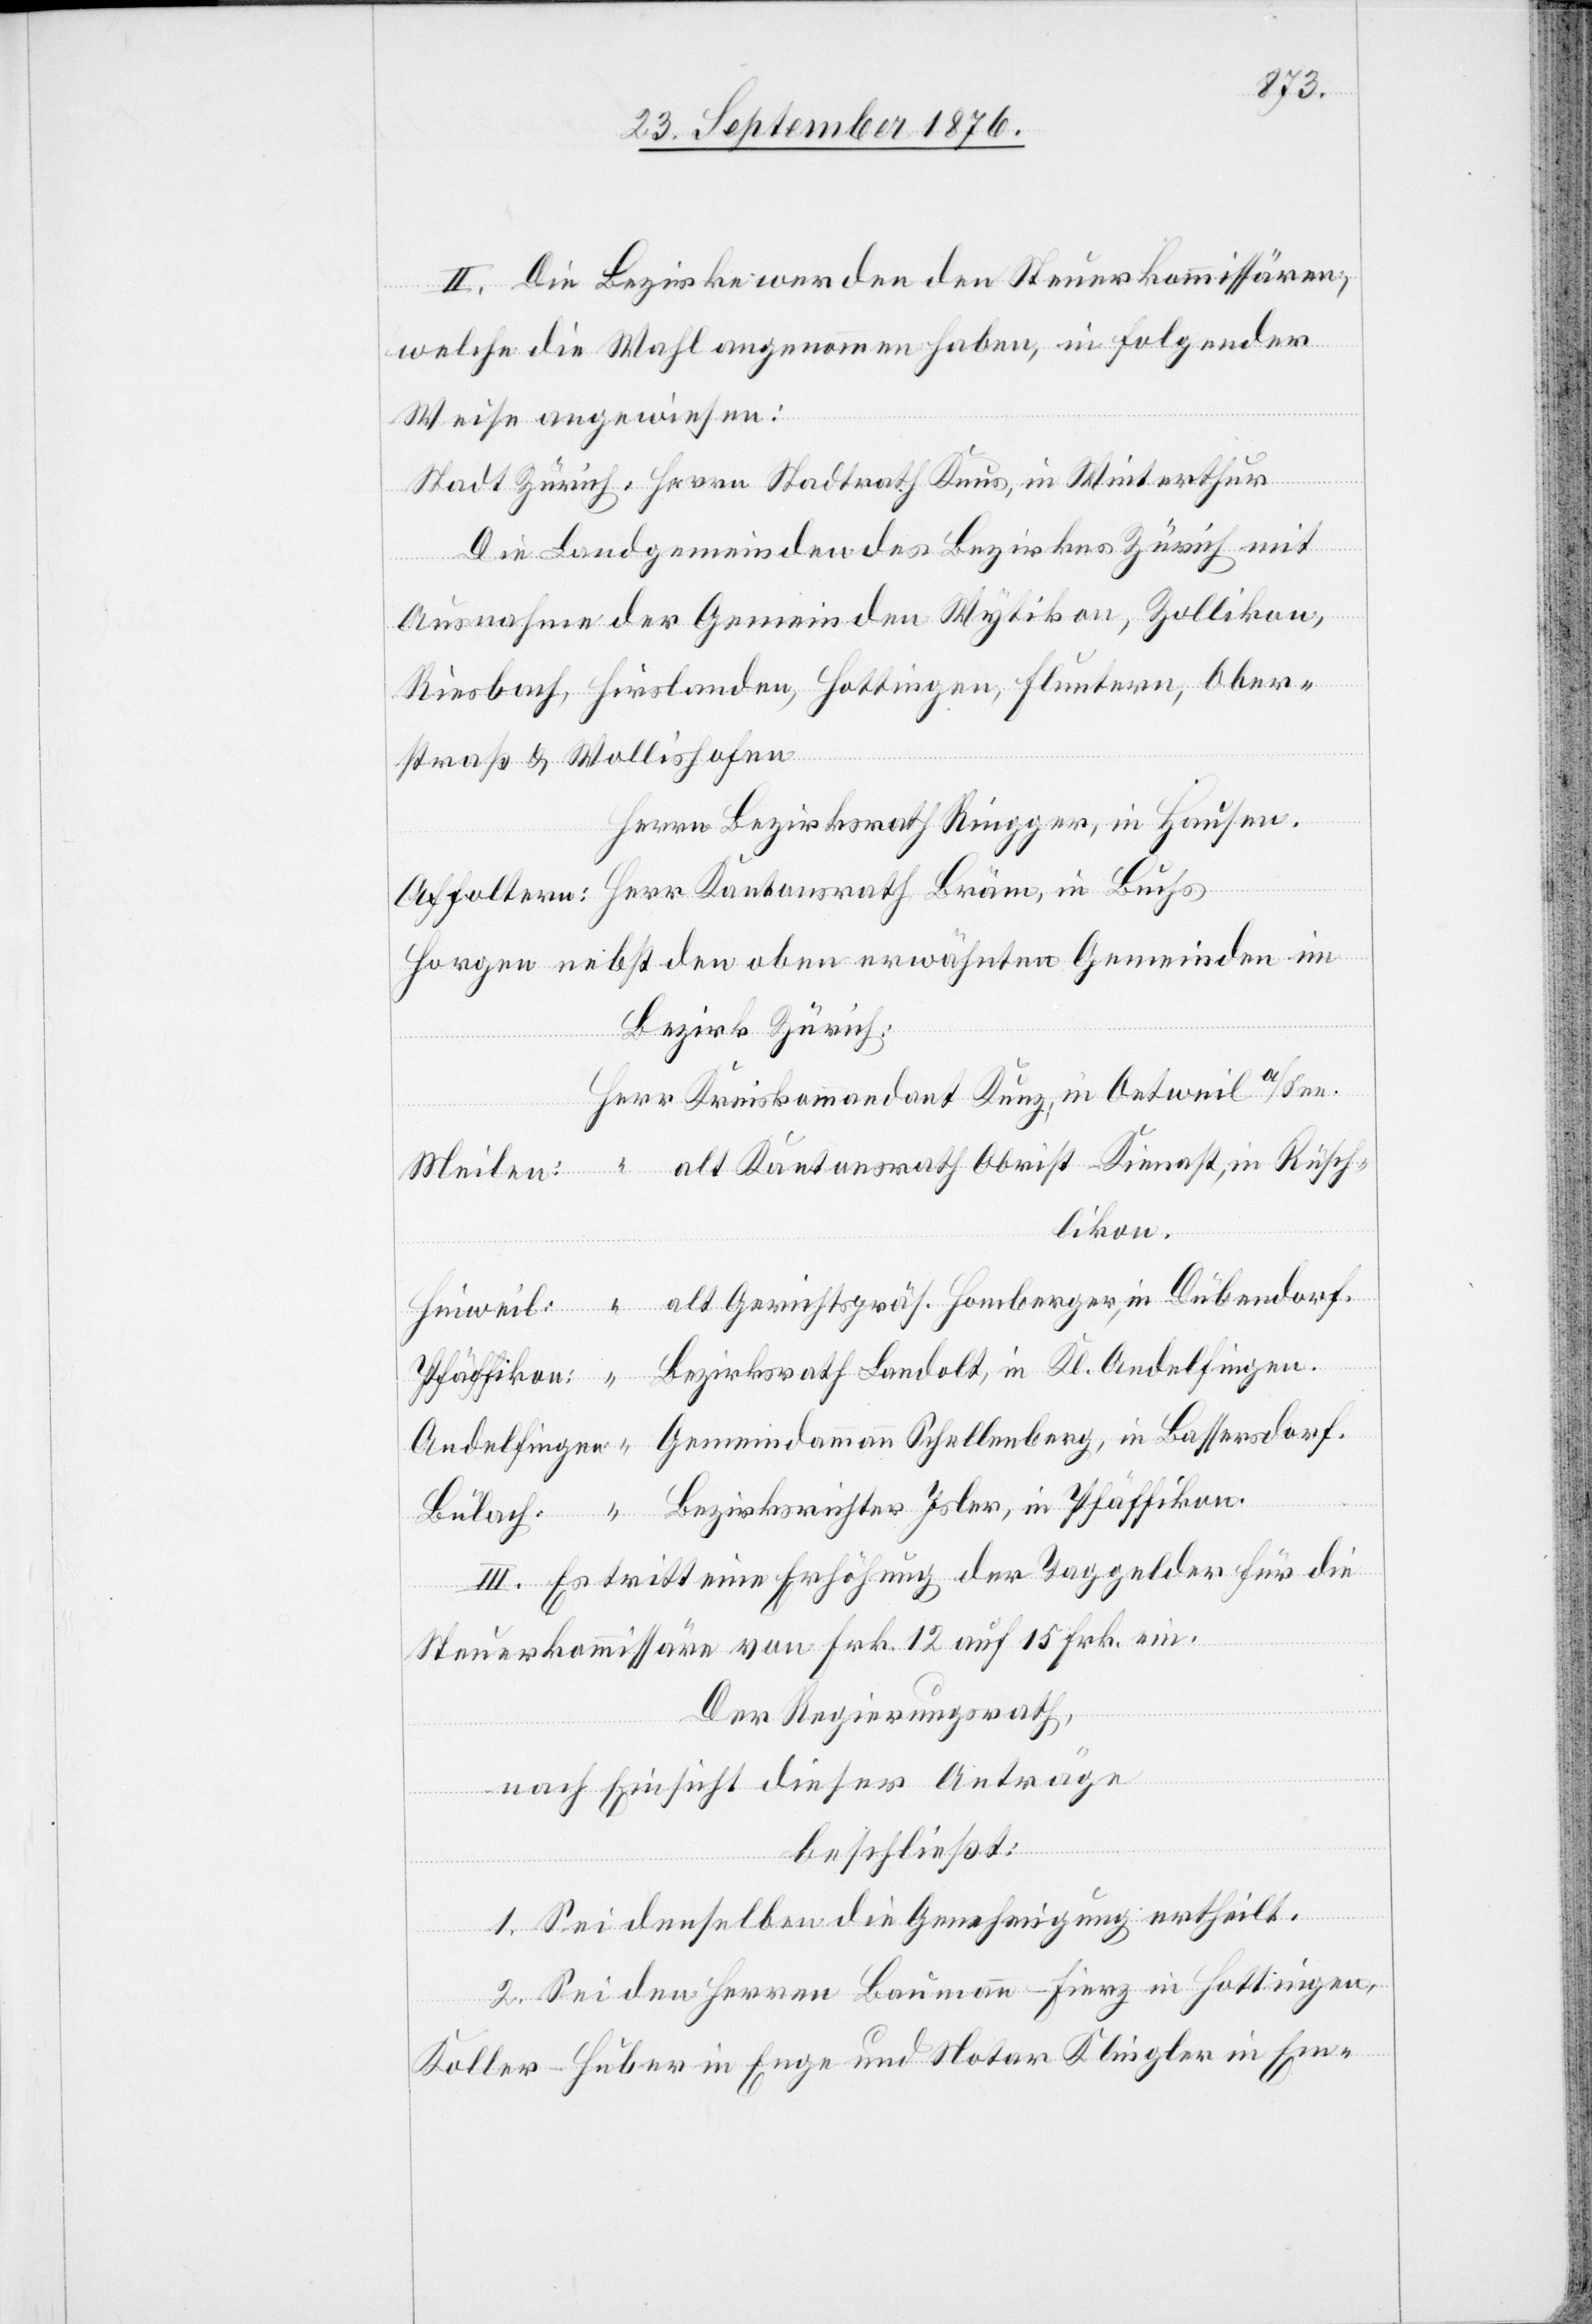
II. Die Bezirke werden den Steuerkommissären,
welche die Wahl angenommen haben, in folgender
Weise angewiesen:
Stadt Zürich: Herrn Stadtrath Knus, in Winterthur
Die Landgemeinden des Bezirkes Zürich mit
fingen:
Ausnahme der Gemeinden Wytikon, Zollikon,
Riesbach, Hirslanden, Hottingen, Fluntern, Ober¬
straß & Wollishofen[:]
Herrn Bezirksrath Ringger in Hausen.
Affoltern: Herr Kantonsrath Bräm, in Buchs
Horgen nebst den obern erwähnten gemeinden im
Bezirk Zürich:
Herr Kreiskommandant Kunz, in Oetweil a/See.
alt Kantonsrath Obrist-Kienast, in Rüsch¬
Meilen:
likon.
III. Es tritt eine Erhöhung der Taggelder für die
Steuerkommissäre von Frk. 12 auf 15 Frk. ein.
Der Regierungsrath,
nach Einsicht dieser Anträge
beschließt:
Gemeindeammann
1. Sei demselben die Genehmigung ertheilt.
2. Sei den Herren Baumann-Fierz in Hottingen,
Koller-Huber in Enge und Notar Klingler in Em-